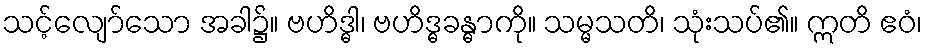
သင့်လျော်သော အခါ၌။ ဗဟိဒ္ဓါ၊ ဗဟိဒ္ဓခန္ဓာကို။ သမ္မသတိ၊ သုံးသပ်၏။ ဣတိ ဧဝံ၊